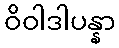
ဝိဝါဒါပန္နာ